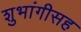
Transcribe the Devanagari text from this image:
शुभांगीसह